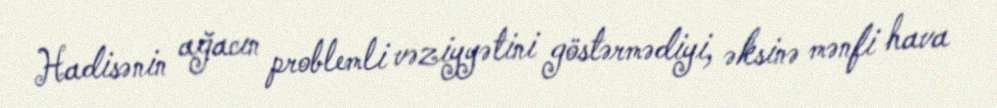
Hadisənin ağacın problemli vəziyyətini göstərmədiyi, əksinə mənfi hava